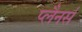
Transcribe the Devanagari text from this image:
प्लैनर्स